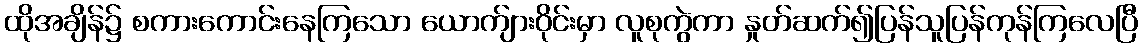
ထိုအချိန်၌ စကားကောင်းနေကြသော ယောက်ျားဝိုင်းမှာ လူစုကွဲကာ နှုတ်ဆက်၍ပြန်သူပြန်ကုန်ကြလေပြီ